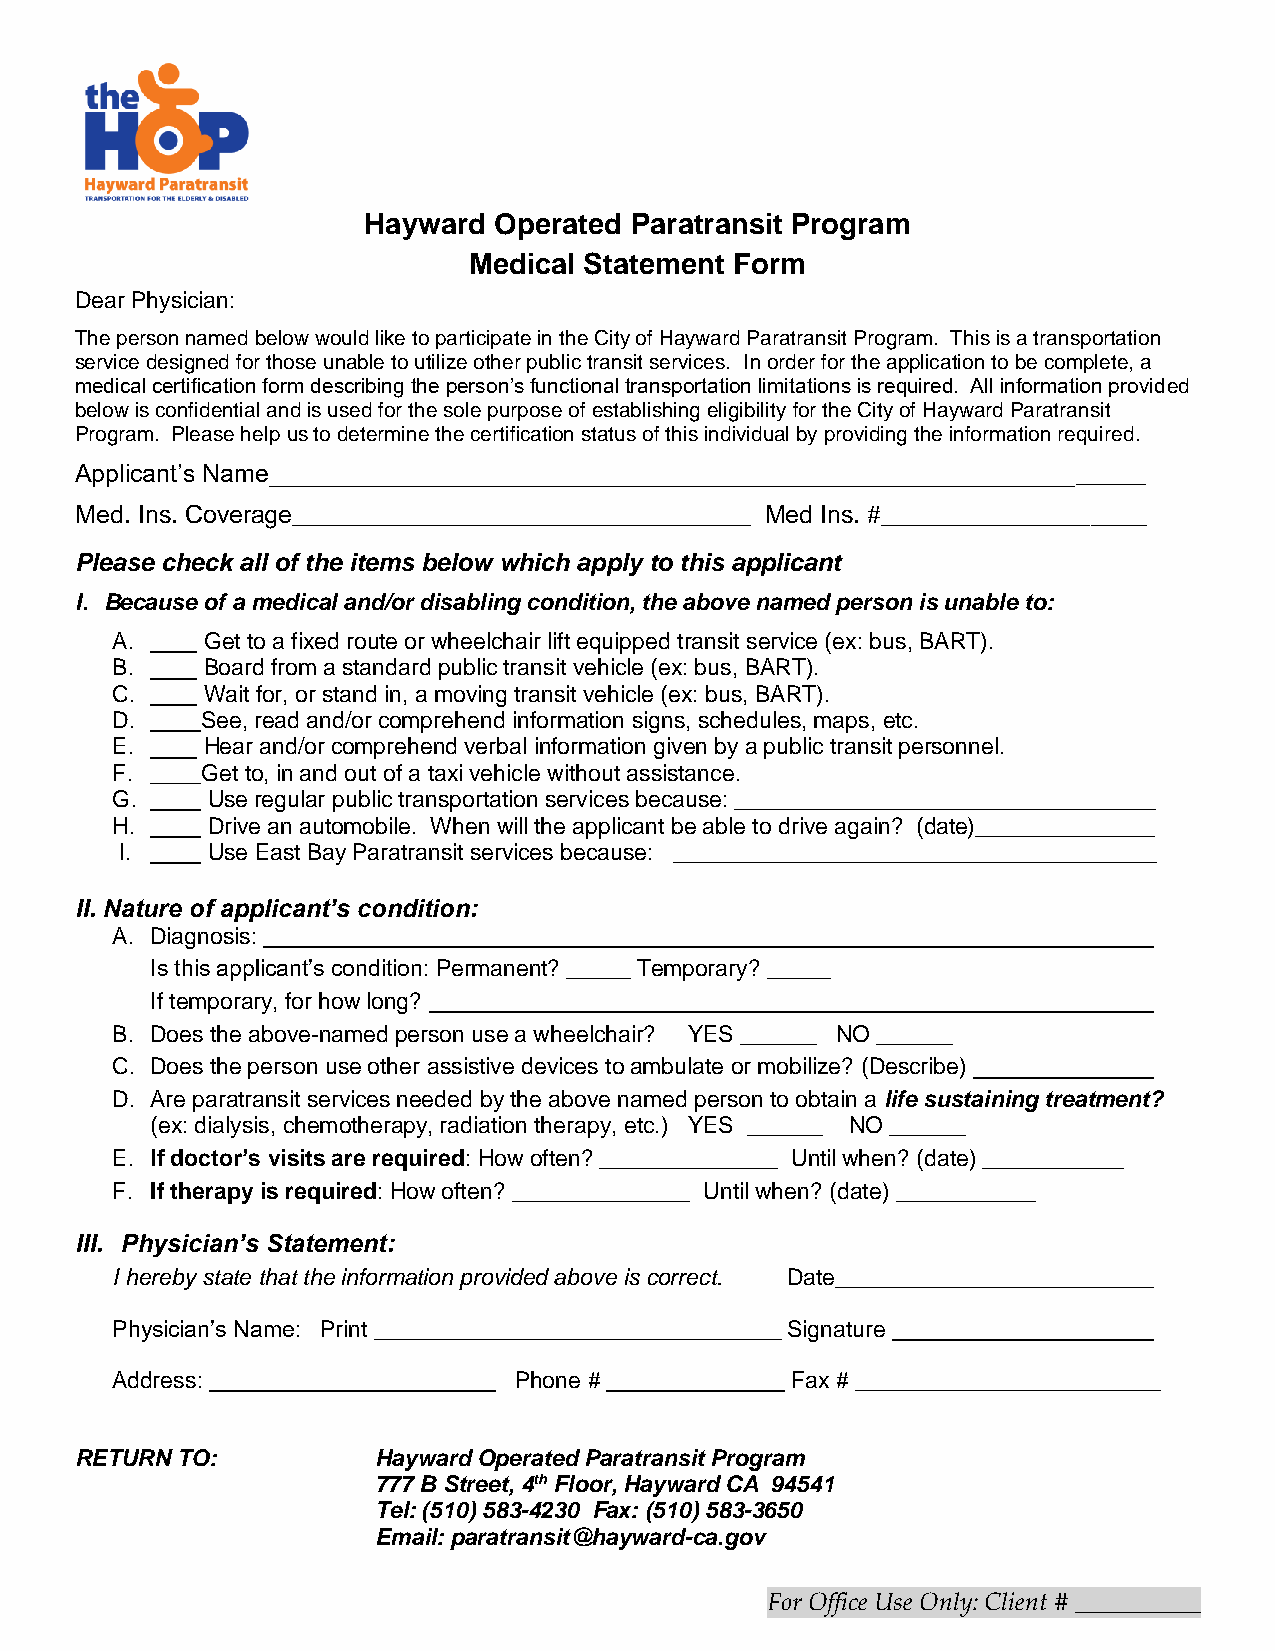
Hayward  Operated Paratransit Program
 Medical Statement Form
 Dear Physician:
 The person named below would like to participate in the City of Hayward Paratransit Program. This is a transportation
 service designed for those unable to utilize other public transit services. In order for the application to be complete, a
 medical certification form describing the person’s functional transportation limitations is required. All information provided
 below is confidential and is used for the sole purpose of establishing eligibility for the City of Hayward Paratransit
 Program. Please help us to determine the certification status of this individual by providing the information required.
 Applicant’s Name_______________________________________________________________
 Med. Ins. Coverage_________________________________ Med Ins. #___________________
 Please check all of the items below which apply to this applicant
 I. Because of a medical and/or disabling condition, the above named person is unable to:
 A.    Get to a fixed route or wheelchair lift equipped transit service (ex: bus, BART).
 B.    Board from a standard public transit vehicle (ex: bus, BART).
 C.    Wait for, or stand in, a moving transit vehicle (ex: bus, BART).
 D. ____See, read and/or comprehend information signs, schedules, maps, etc.
 E.    Hear and/or comprehend verbal information given by a public transit personnel.
 F. ____Get to, in and out of a taxi vehicle without assistance.
 G. ____ Use regular public transportation services because: _________________________________
 H. ____ Drive an automobile. When will the applicant be able to drive again? (date)______________
 I. ____ Use East Bay Paratransit services because: ______________________________________
 II. Nature of applicant’s condition:
 A. Diagnosis:
 Is this applicant’s condition: Permanent? _____ Temporary? _____
 If temporary, for how long?
 B. Does the above-named person use a wheelchair? YES ______ NO ______
 C. Does the person use other assistive devices to ambulate or mobilize? (Describe)
 D. Are paratransit services needed by the above named person to obtain a life sustaining treatment?
 (ex: dialysis, chemotherapy, radiation therapy, etc.) YES ______ NO ______
 E. If doctor’s visits are required: How often? ______________ Until when? (date) ___________
 F. If therapy is required: How often? ______________ Until when? (date) ___________
 III. Physician’s Statement:
 I hereby state that the information provided above is correct. Date_________________________
 Physician’s Name: Print ________________________________ Signature ______
 Address:                   Phone #        ___ Fax # ________________________
 RETURN TO:          Hayward Operated Paratransit Program
 777 B Street, 4th Floor, Hayward CA 94541
 Tel: (510) 583-4230 Fax: (510) 583-3650
 Email: paratransit@hayward-ca.gov
 For Office Use Only: Client # __________